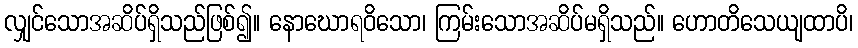
လျှင်သောအဆိပ်ရှိသည်ဖြစ်၍။ နောဃောရဝိသော၊ ကြမ်းသောအဆိပ်မရှိသည်။ ဟောတိသေယျထာပိ၊